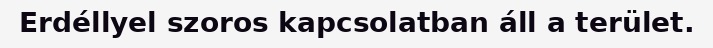
Erdéllyel szoros kapcsolatban áll a terület.